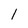
Character: l